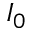
I _ { 0 }